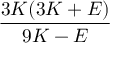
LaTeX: \frac { 3 K ( 3 K + E ) } { 9 K - E }